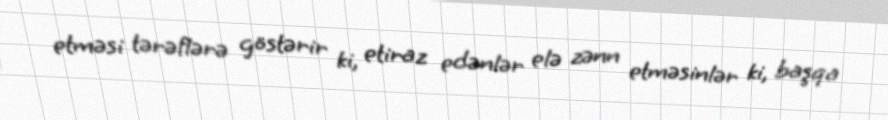
etməsi tərəflərə göstərir ki, etiraz edənlər elə zənn etməsinlər ki, başqa